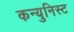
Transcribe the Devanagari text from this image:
कन्युनिस्ट